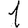
Digit: 1